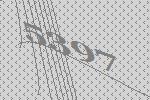
5397